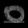
Digit: ၀